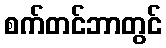
စက်တင်ဘာတွင်